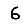
Digit: 6